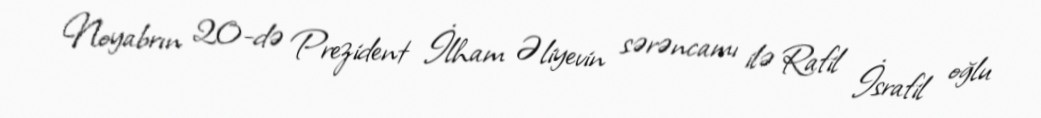
Noyabrın 20-də Prezident İlham Əliyevin sərəncamı ilə Rafil İsrafil oğlu